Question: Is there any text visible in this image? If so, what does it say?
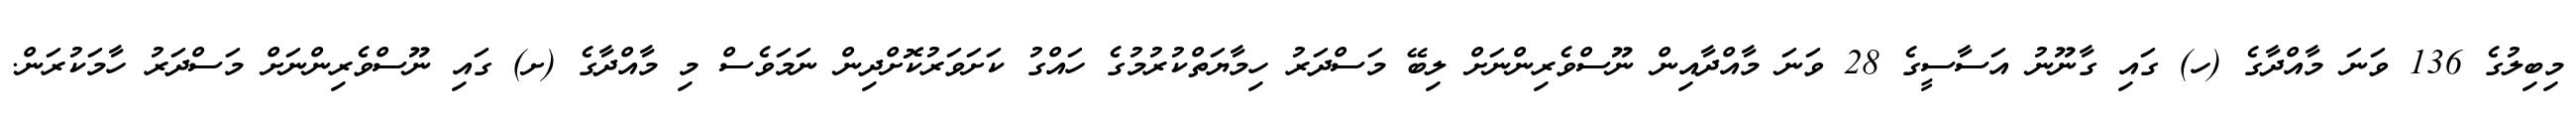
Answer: މިބިލުގެ 136 ވަނަ މާއްދާގެ (ހ) ގައި ގާނޫނު އަސާސީގެ 28 ވަނަ މާއްދާއިން ނޫސްވެރިންނަށް ލިބޭ މަސްދަރު ހިމާޔަތްކުރުމުގެ ހައްގު ކަށަވަރުކޮށްދިން ނަމަވެސް މި މާއްދާގެ (ށ) ގައި ނޫސްވެރިންނަށް މަސްދަރު ހާމަކުރަން.